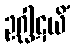
ဥဂ္ဃါဋယိံ